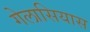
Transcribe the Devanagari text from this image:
गेलासियास